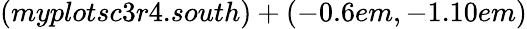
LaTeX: (myplotsc3r4.south)+(-0.6em,-1.10em)